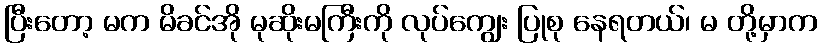
ပြီးတော့ မက မိခင်အို မုဆိုးမကြီးကို လုပ်ကျွေး ပြုစု နေရတယ်၊ မ တို့မှာက